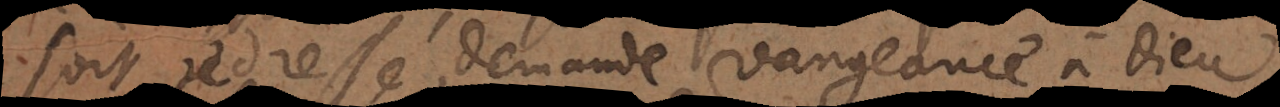
soit redressé, demande vengeance à Dieu,